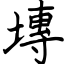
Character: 塼